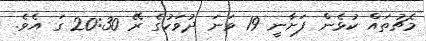
މެޗުތައް ކުޅެން ފަށާނީ 19 ވަނަ ދުވަހުގެ ރޭ 20:30 ގަ އެވެ.